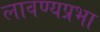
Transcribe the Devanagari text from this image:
लावण्यप्रभा